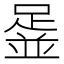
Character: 𨂞